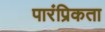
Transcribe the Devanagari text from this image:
पारंप्रिकता